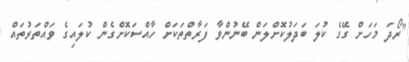
"ރޯދަ މަހަށް ގޭގެ ކުލަ ބަދަލުކޮށްލަން ބޭނުންވާ ފަރާތްތަކަށް ހާއްސަކޮށްގެން ކުލައިގެ ވައްތަރުތައް